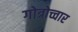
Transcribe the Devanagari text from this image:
गोत्रोच्चार